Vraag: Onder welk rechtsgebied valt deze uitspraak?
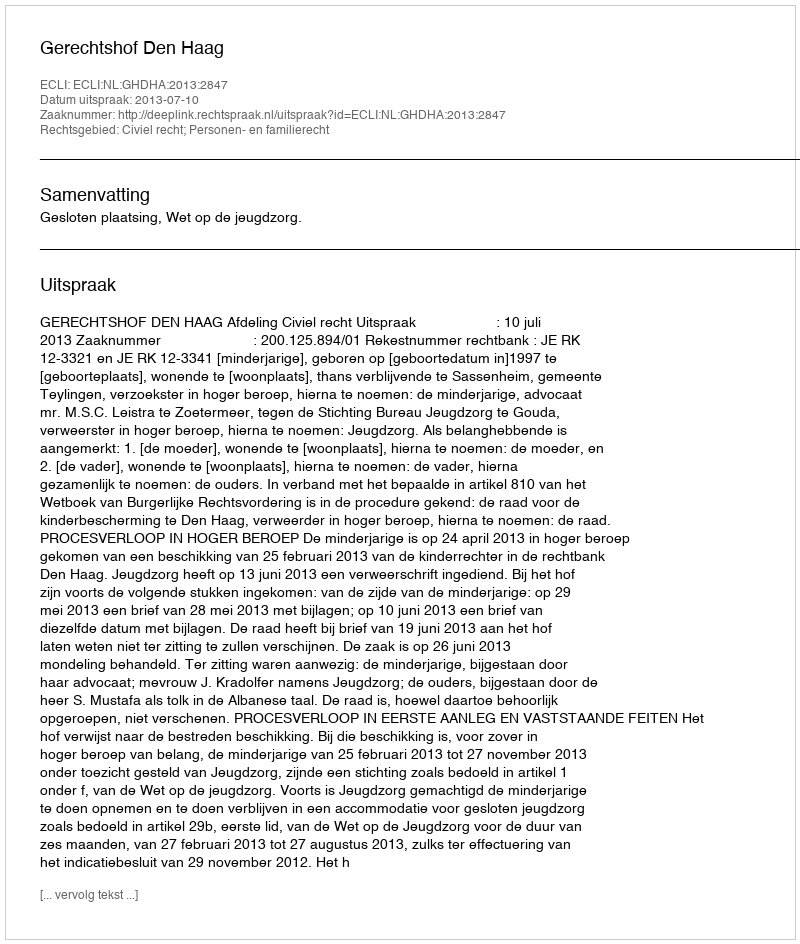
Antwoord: Civiel recht; Personen- en familierecht